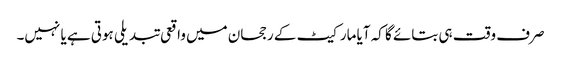
صرف وقت ہی بتائے گا کہ آیا مارکیٹ کے رجحان میں واقعی تبدیلی ہوتی ہے یا نہیں۔